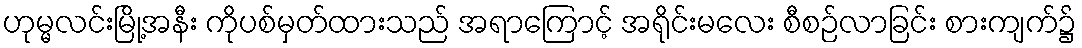
ဟုမ္မလင်းမြို့အနီး ကိုပစ်မှတ်ထားသည် အရာကြောင့် အရိုင်းမလေး စီစဉ်လာခြင်း စားကျက်၌